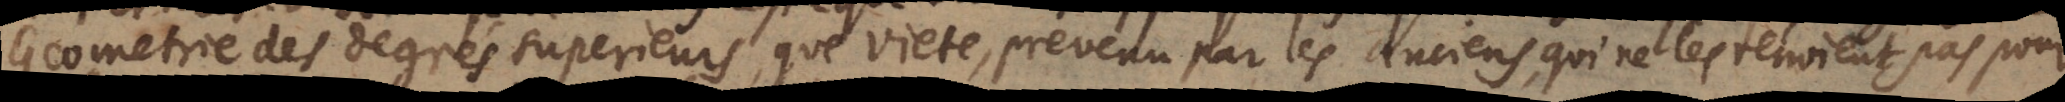
Geometrie des degrés superieurs, que Viete, prevenu par les anciens, qui ne les tenoient pas pour